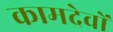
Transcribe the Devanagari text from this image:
कामदेवों